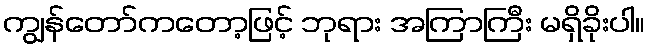
ကျွန်တော်ကတော့ဖြင့် ဘုရား အကြာကြီး မရှိခိုးပါ။